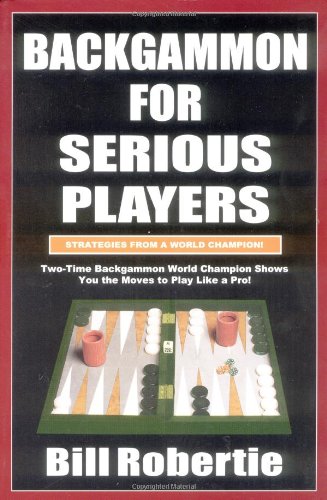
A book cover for Backgammon for Serious Players; Bill Robertie; Humor & Entertainment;